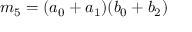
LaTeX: m _ { 5 } = ( a _ { 0 } + a _ { 1 } ) ( b _ { 0 } + b _ { 2 } )